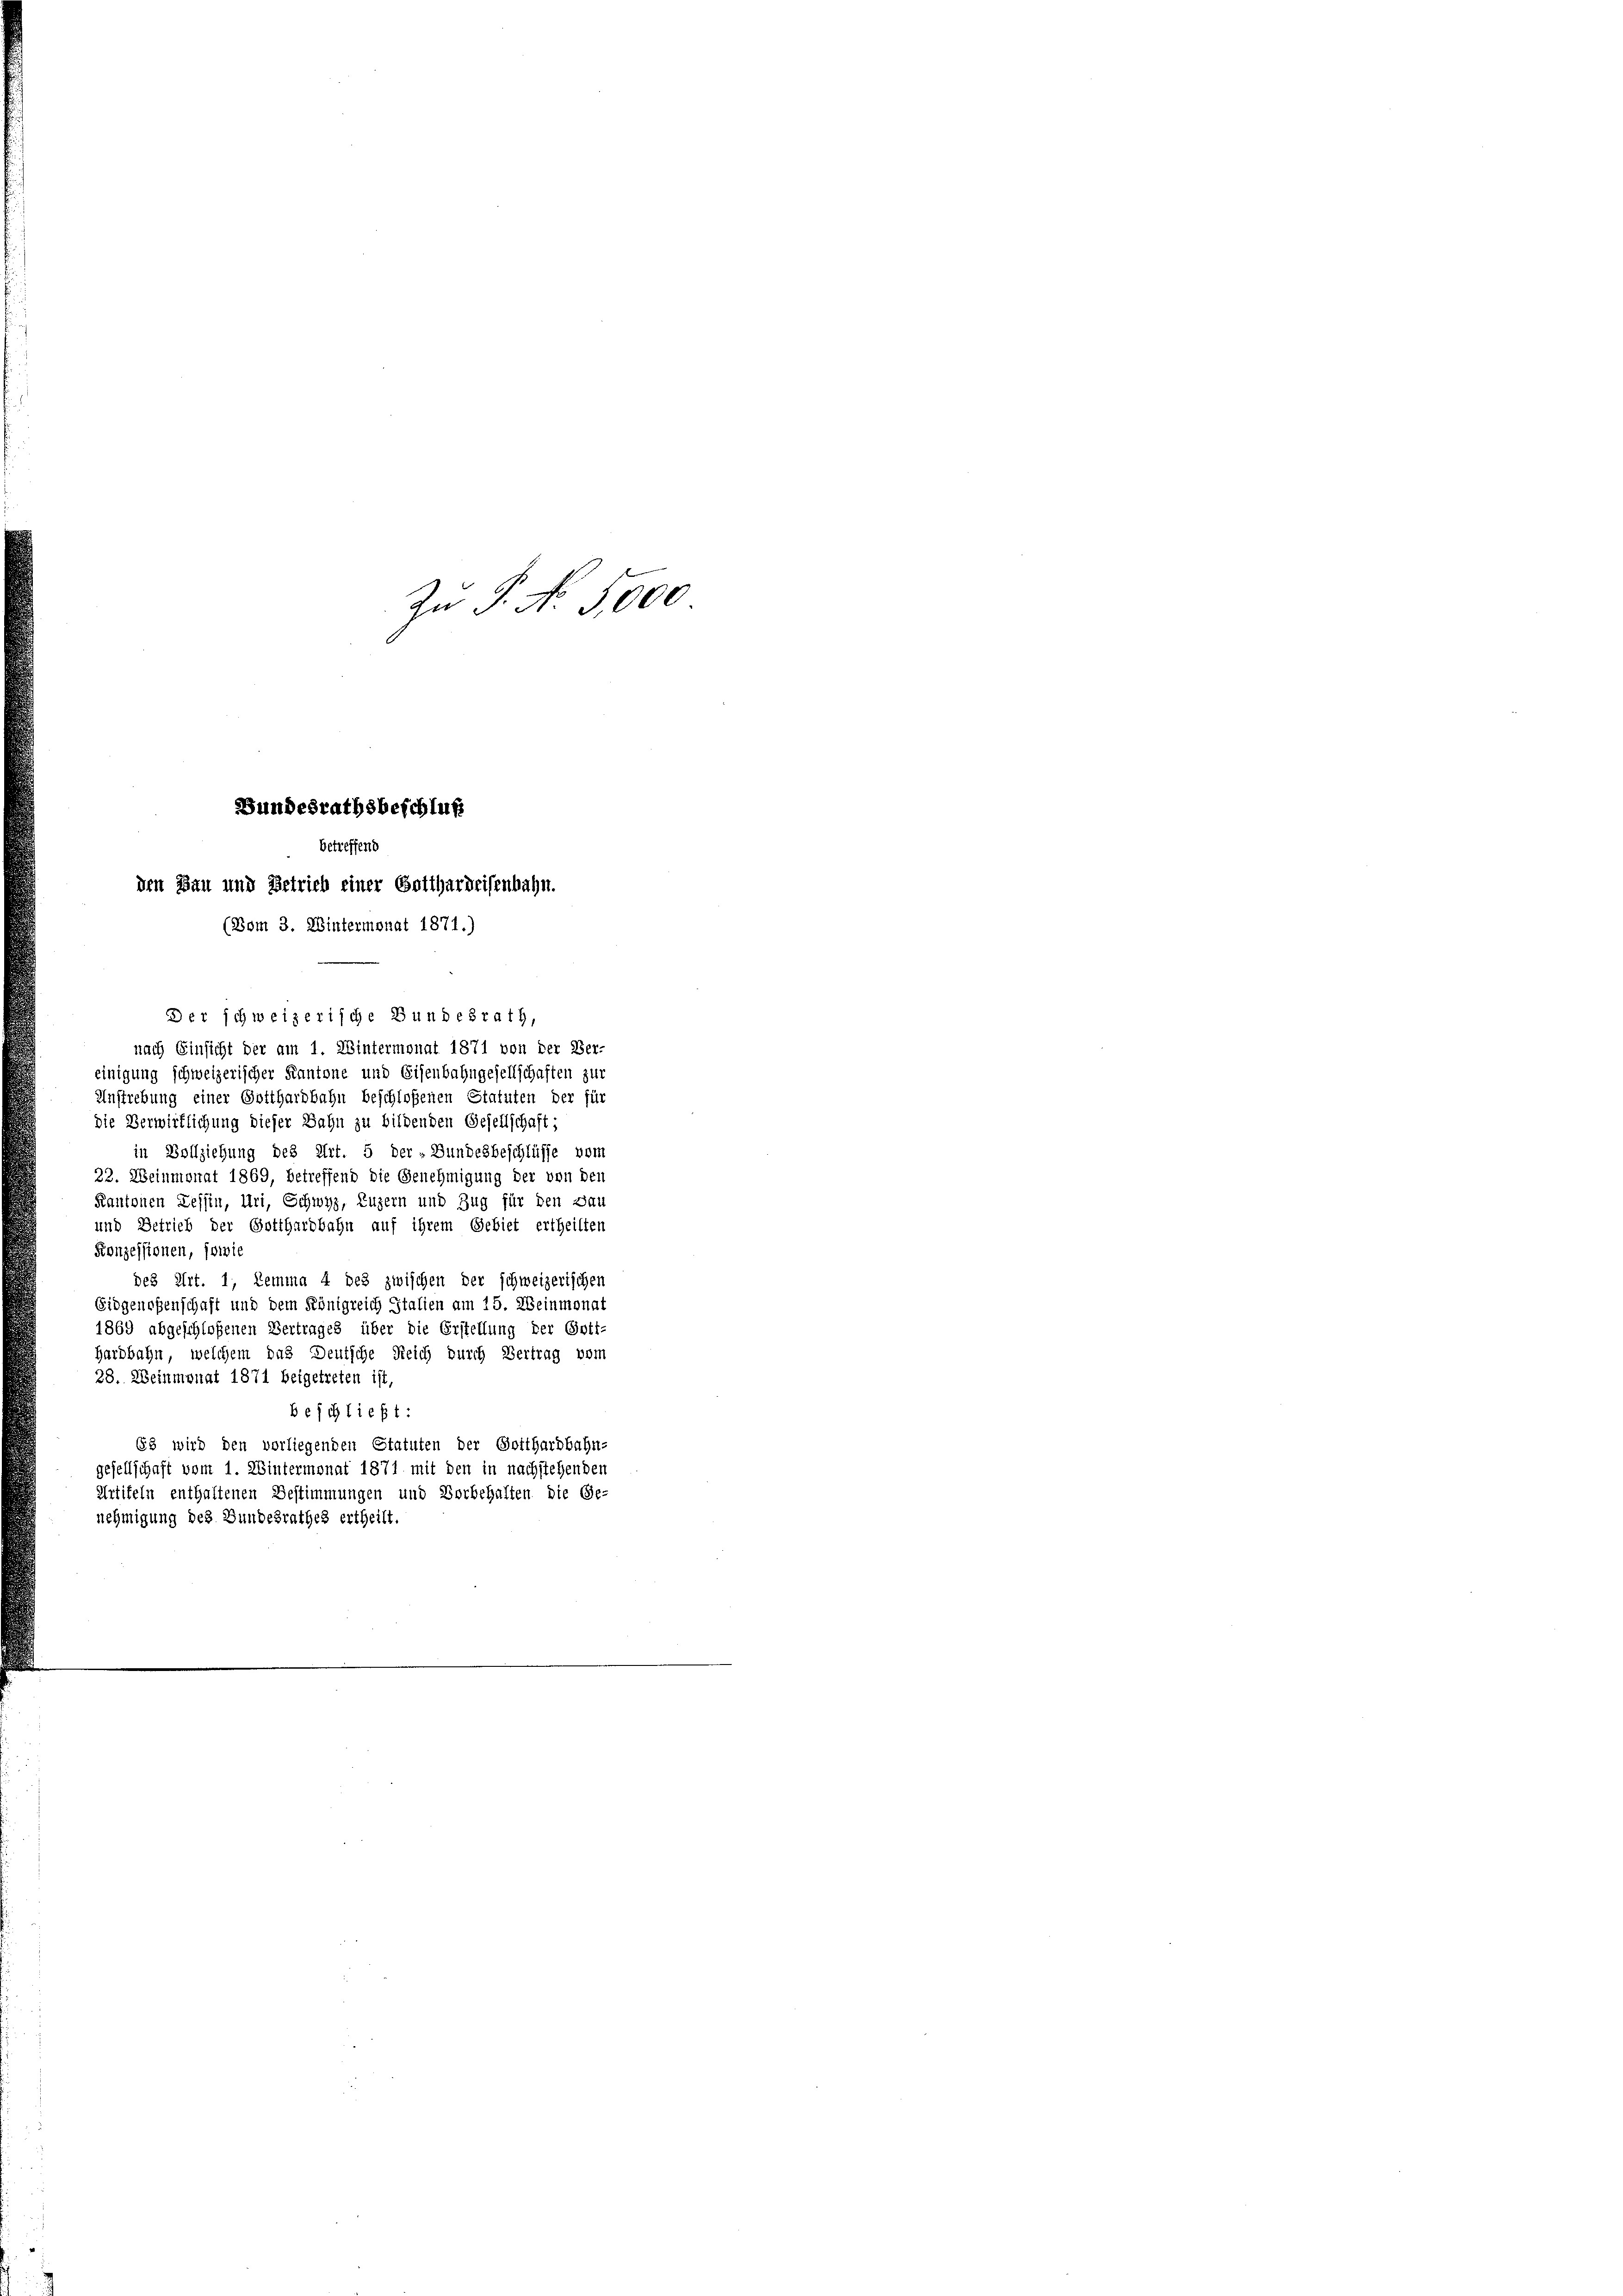
Bundesrathsbeschluß
betreffend
den Bau und Betrieb einer Gotthardeisenbahn.
(Bom 3. Wintermonat 1871.)

Zu P. No 5,000

Der schweizerische Bundesrath,
nach Einsicht der am 1. Wintermonat 1871 von der Ver-
einigung schweizerischer Kantone und Eisenbahngesellschaften zur
Anstrebung einer Gotthardbahn beschloßenen Statuten der für
die Verwirklichung dieser Bahn zu bildenden Gesellschaft;
in Vollziehung des Art. 5 der „Bundesbeschlüsse vom
23. Weinmonat 1869, betreffend die Genehmigung der von den
Kantonen Tessin, Uri, Schwyz, Luzern und Zug für den Bau
und Betrieb der Gotthardbahn auf ihrem Gebiet ertheilten
Konzessionen, sowie
des Art. 1, Lemma 4 des zwischen der schweizerischen
Eidgenoßenschaft und dem Königreich Italien am 15. Weinmonat
1869 abgeschloßenen Vertrages über die Erstellung der Gott-
Hardbahn, welchem das Deutsche Reich durch Vertrag vom
28. Weinmonat 1871 beigetreten ist,
beschließt:
63 wird den vorliegenden Statuten der Gotthardbahn-
gesellschaft vom 1. Wintermonat 1871 mit den in nachstehenden
Artiteln enthaltenen Bestimmungen und Vorbehalten die Ge-
nehmigung des Bundesrathes ertheilt.